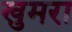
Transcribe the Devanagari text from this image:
खुमरा